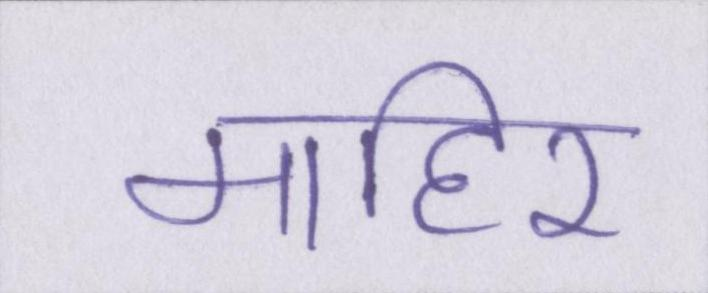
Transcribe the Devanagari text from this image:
माहिर